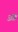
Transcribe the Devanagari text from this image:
अक्क